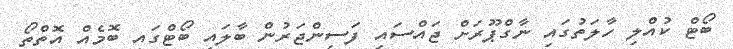
ބޯޓް ކުއްލި ހާލަތުގައި ނާގްޕޫރަށް ޖައްސައި ފަސިންޖަރުން ބާލައި ބޯޓްގައި ބޮމެއް އޮތްތޯ